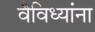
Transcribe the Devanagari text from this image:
वैविध्यांना